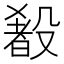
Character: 𬆰